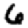
Digit: 6